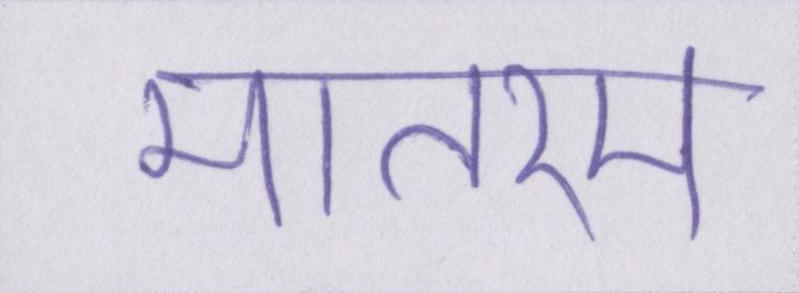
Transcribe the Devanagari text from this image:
मातरम